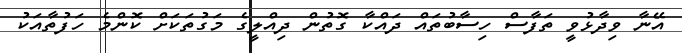
އޭނާ ވިދާޅުވީ ތަފާސް ހިސާބުތައް ދައްކާ ގޮތުން ދިއްލީގެ މަގުތަކަށް ކޮންމެ ހަފުތާއަކު